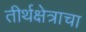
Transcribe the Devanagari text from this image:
तीर्थक्षेत्राचा